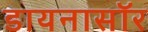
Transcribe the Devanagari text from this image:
डायनासॉर